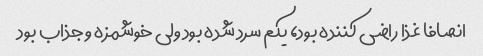
انصافا غذا راضی کننده بود، یکم سرد شده بود ولی خوشمزه و جذاب بود